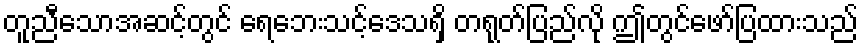
တူညီသောအဆင့်တွင် ရေဘေးသင့်ဒေသရှိ တရုတ်ပြည်လို ဤတွင်ဖော်ပြထားသည်